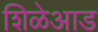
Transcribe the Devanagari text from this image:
शिळेआड